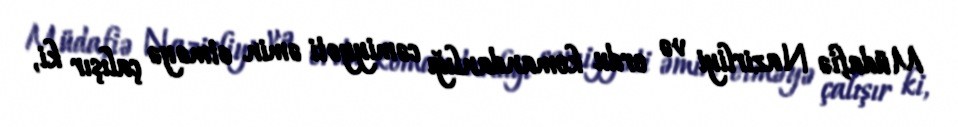
Müdafiə Nazirliyi və ordu komandanlığı cəmiyyəti əmin etməyə çalışır ki,